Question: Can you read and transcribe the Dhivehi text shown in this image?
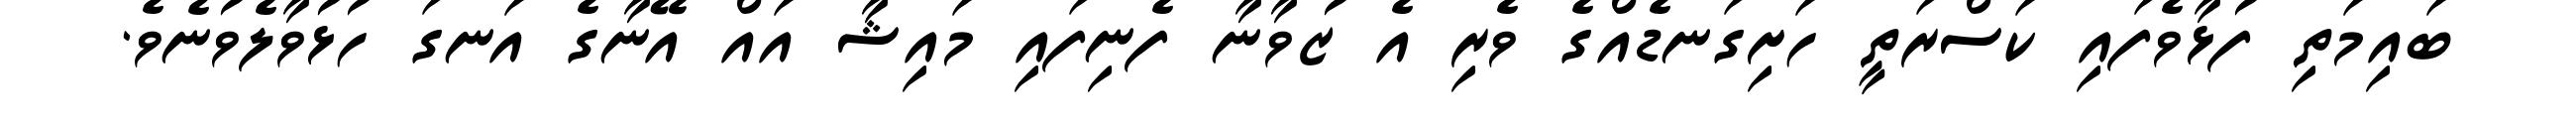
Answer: ބައިމަތި ފުޅާވެފައި ކަސްރަތީ ހަށިގަނޑެއްގެ ވެރި އެ ޒުވާނާ ފެނިފައި މައިޝާ އައް އޭނާގެ އަނގަ ހުޅުވާލެވުނެވެ.